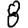
Digit: 8